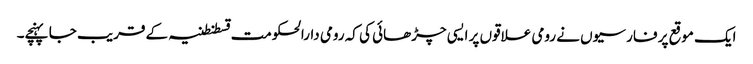
ایک موقع پر فارسیوں نے رومی علاقوں پر ایسی چڑھائی کی کہ رومی دارالحکومت قسطنطنیہ کے قریب جا پہنچے۔